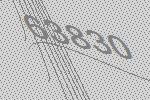
63830